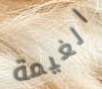
الغيمة